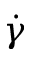
\dot { \gamma }